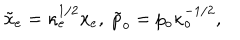
LaTeX: \tilde { x } _ { e } = \kappa _ { e } ^ { 1 / 2 } x _ { e } , \; \tilde { p } _ { o } = p _ { o } \kappa _ { o } ^ { - 1 / 2 } ,